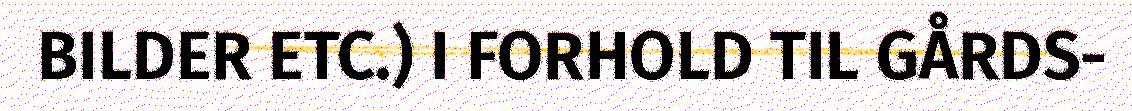
BILDER ETC.) I FORHOLD TIL GÅRDS-